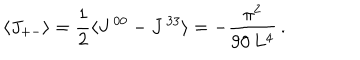
\langle J _ { + - } \rangle = \frac { 1 } { 2 } \langle J ^ { \, 0 0 } - J ^ { \, 3 3 } \rangle = - \frac { \pi ^ { 2 } } { 9 0 \, L ^ { 4 } } \, .